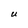
Character: U